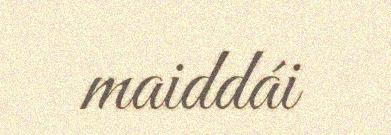
maiddái